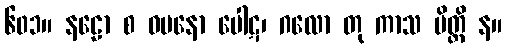
၆၀၁။ နဠော စ ဓမနော ပေါဋ၊ ဂလော တု ကာသ မိတ္ထိ န။